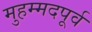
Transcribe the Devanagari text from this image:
मुहम्मदपूर्व